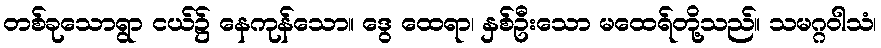
တစ်ခုသောရွာ ငယ်၌ နေကုန်သော။ ဒွေ ထေရာ၊ နှစ်ဦးသော မထေရ်တို့သည်။ သမဂ္ဂဝါသံ၊